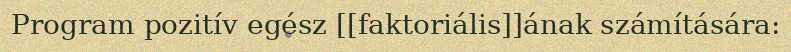
Program pozitív egész [[faktoriális]]ának számítására: